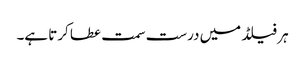
ہر فیلڈ میں درست سمت عطا کرتا ہے۔